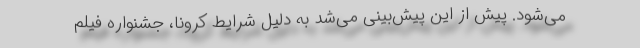
می‌شود. پیش از این پیش‌بینی می‌شد به دلیل شرایط کرونا، جشنواره فیلم